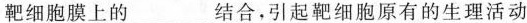
靶细胞膜上的___结合，引起靶细胞原有的生理活动